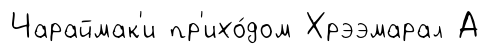
Чараймак'и пр'ихо́дом Хрээмарал А